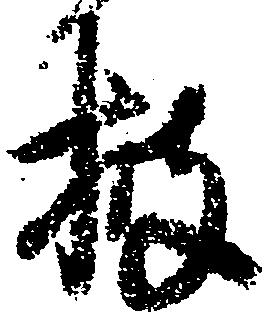
披